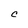
Character: C